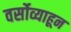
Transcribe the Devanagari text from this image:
वर्सोव्याहून